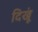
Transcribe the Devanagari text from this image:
दिखूं